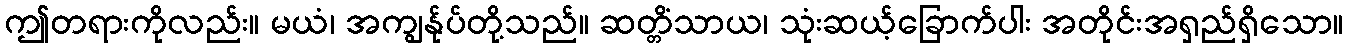
ဤတရားကိုလည်း။ မယံ၊ အကျွန်ုပ်တို့သည်။ ဆတ္တိံသာယ၊ သုံးဆယ့်ခြောက်ပါး အတိုင်းအရှည်ရှိသော။